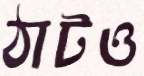
ঠাটও